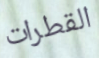
القطرات